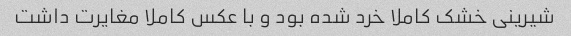
شیرینی خشک کاملا خرد شده بود و با عکس کاملا مغایرت داشت